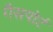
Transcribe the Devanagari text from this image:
गैसपोर्ट